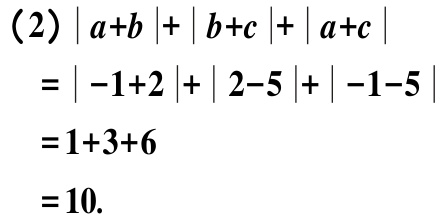
\begin{align*}

&(2)\vert a + b\vert+\vert b + c\vert+\vert a + c\vert\\

=&\vert -1 + 2\vert+\vert 2 - 5\vert+\vert -1 - 5\vert\\

=&1 + 3+6\\

=&10.

\end{align*}